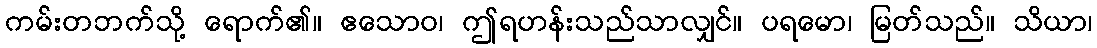
ကမ်းတဘက်သို့ ရောက်၏။ ဧသောဝ၊ ဤရဟန်းသည်သာလျှင်။ ပရမော၊ မြတ်သည်။ သိယာ၊